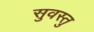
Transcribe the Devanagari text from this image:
सुवस्तु